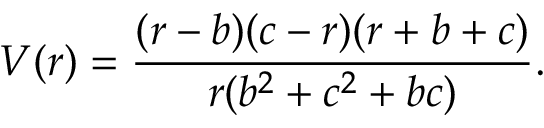
V ( r ) = \frac { ( r - b ) ( c - r ) ( r + b + c ) } { r ( b ^ { 2 } + c ^ { 2 } + b c ) } .